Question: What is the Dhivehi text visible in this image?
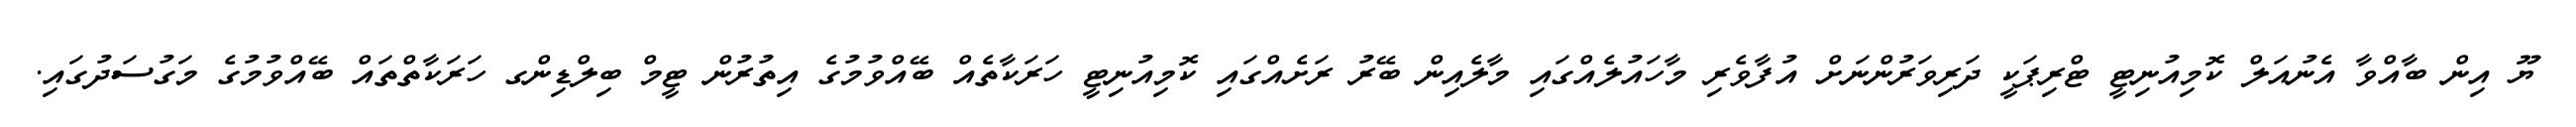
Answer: ޔޫ އިން ބާއްވާ އެނުއަލް ކޮމިއުނިޓީ ޓްރިޕަކީ ދަރިވަރުންނަށް އުފާވެރި މާހައުލެއްގައި މާލެއިން ބޭރު ރަށެއްގައި ކޮމިއުނިޓީ ހަރަކާތެއް ބޭއްވުމުގެ އިތުރުން ޓީމް ބިލްޑިންގ ހަރަކާތްތައް ބޭއްވުމުގެ މަގުސަދުގައި.